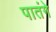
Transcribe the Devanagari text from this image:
पातंगे